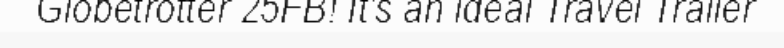
Globetrotter 25FB! It's an ideal Travel Trailer